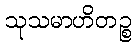
သုသမာဟိတဉ္စ